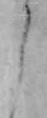
う